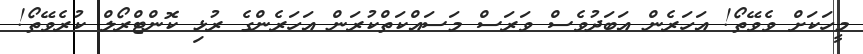
މީހަކަށް ވެވޭތޯ! އަހަރެން އަބަދުވެސް ވަރަސް މަސައްކަތްކުރަން އަހަރެންގެ ރުޅި ކޮންޓްރޯލް ކުރެވޭތޯ!